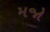
મજો